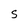
Character: S